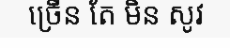
ច្រើន តែ មិន សូវ